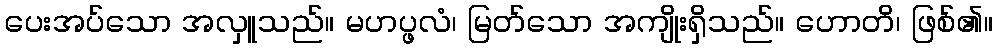
ပေးအပ်သော အလှူသည်။ မဟပ္ဖလံ၊ မြတ်သော အကျိုးရှိသည်။ ဟောတိ၊ ဖြစ်၏။